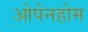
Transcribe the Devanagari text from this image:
ओपेनहोम